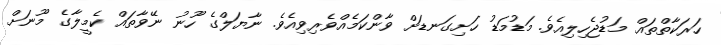
ހަރަކާތްތައް މަޑުޖެހިލިއެވެ. މަޑުމަޑު ހަށިގަނޑަށް ވާންކަމެއްވެރިވިއެވެ. ނާޔަލްގެ ހޫނު ނޭވާތައް ކެމީލާގެ މޫނަށް